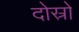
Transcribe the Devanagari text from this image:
दोस्रो